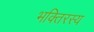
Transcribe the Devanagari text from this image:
भक्तिरस्य